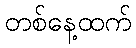
တစ်နေ့ထက်